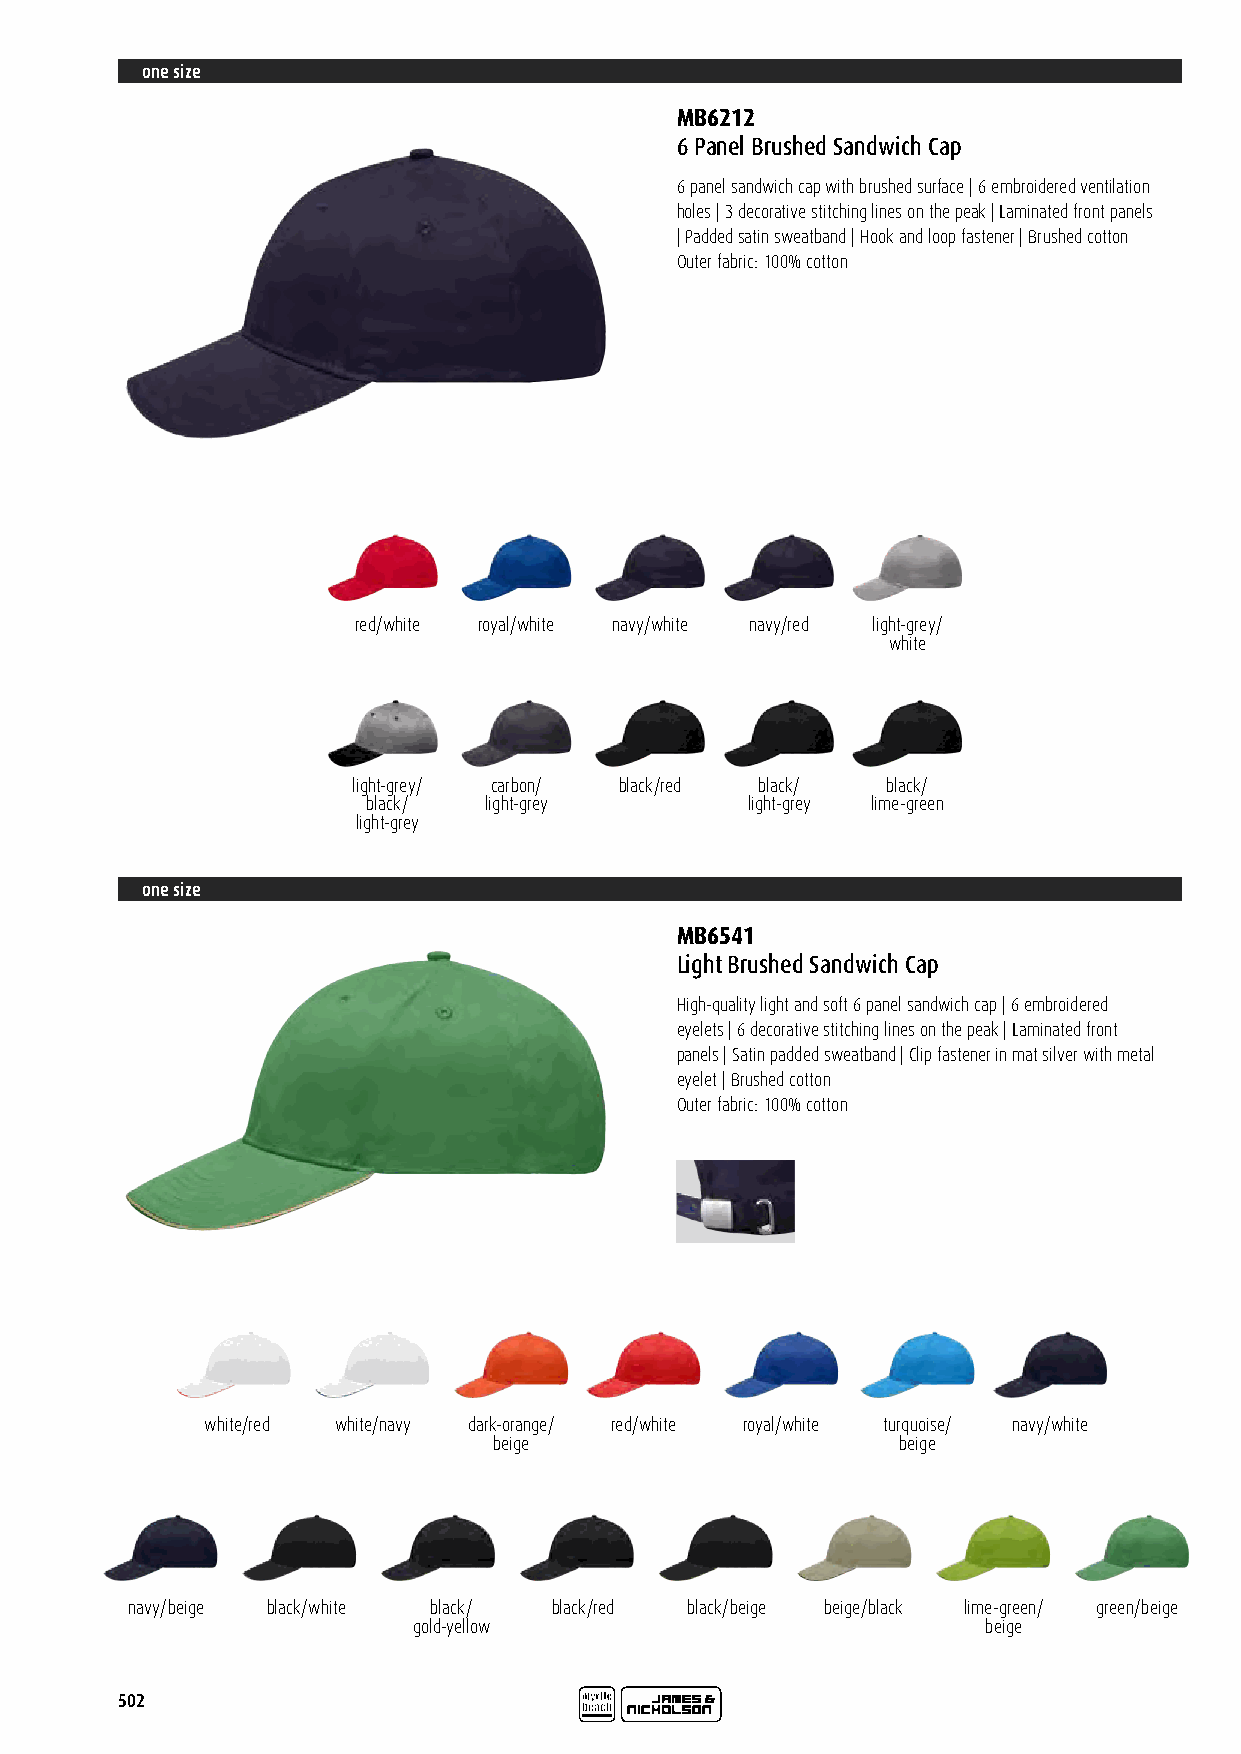
one size
 MB6212
 6 Panel Brushed Sandwich Cap
 6 panel sandwich cap with brushed surface | 6 embroidered ventilation
 holes | 3 decorative stitching lines on the peak | Laminated front panels
 | Padded satin sweatband | Hook and loop fastener | Brushed cotton
 Outer fabric: 100% cotton
 red/white royal/white navy/white navy/red light-grey/
 white
 light-grey/ carbon/ black/red black/ black/
 black/  light-grey       light-grey lime-green
 light-grey
 one size
 MB6541
 Light Brushed Sandwich Cap
 High-quality light and soft 6 panel sandwich cap | 6 embroidered
 eyelets | 6 decorative stitching lines on the peak | Laminated front
 panels | Satin padded sweatband | Clip fastener in mat silver with metal
 eyelet | Brushed cotton
 Outer fabric: 100% cotton
 white/red white/navy dark-orange/ red/white royal/white turquoise/ navy/white
 beige                     beige
 navy/beige black/white black/ black/red black/beige beige/black lime-green/ green/beige
 gold-yellow                           beige
 502